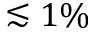
\lesssim 1 \%